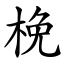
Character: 梚